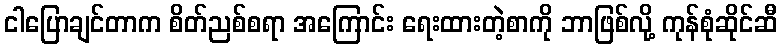
ငါပြောချင်တာက စိတ်ညစ်စရာ အကြောင်း ရေးထားတဲ့စာကို ဘာဖြစ်လို့ ကုန်စုံဆိုင်ဆီ